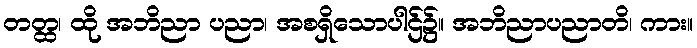
တတ္ထ၊ ထို အဘိညာ ပညာ၊ အစရှိသောပါဌ်၌။ အဘိညာပညာတိ၊ ကား။